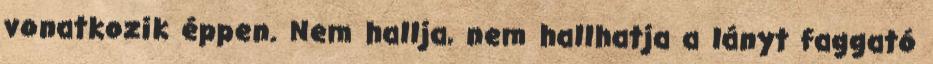
vonatkozik éppen. Nem hallja, nem hallhatja a lányt faggató